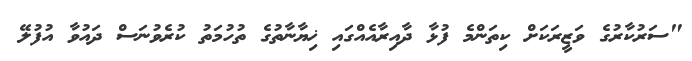
"ސަރުކާރުގެ ވަޒީރަކަށް ކިތަންމެ ފުޅާ ދާއިރާއެއްގައި ޚިޔާނާތުގެ ތުހުމަތު ކުރެވުނަސް ދައުވާ އުފުލޭ